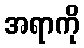
အရာကို